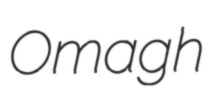
Omagh